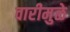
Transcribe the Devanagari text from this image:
वारीमुळे